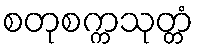
စတုစက္ကသုတ္တံ